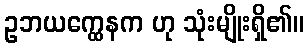
ဥဘယက္ထေနက ဟု သုံးမျိုးရှိ၏။